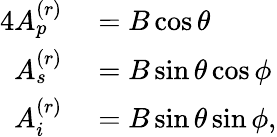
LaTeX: \begin{array}{rl}{{4}A_{p}^{(r)}}&{{}=B\cos\theta}\\ {A_{s}^{(r)}}&{{}=B\sin\theta\cos\phi}\\ {A_{i}^{(r)}}&{{}=B\sin\theta\sin\phi,}\end{array}